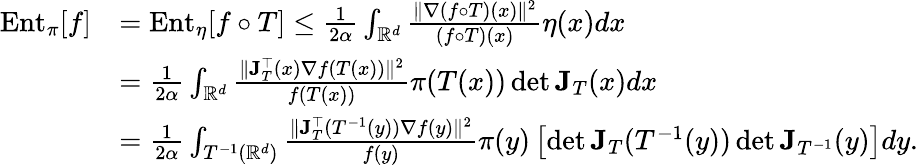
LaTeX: \begin{array}{rl}{\textrm{Ent}_{\pi}[f]}&{=\textrm{Ent}_{\eta}[f\circ T]\leq\frac{1}{2\alpha}\int_{\mathbb{R}^{d}}\frac{\| \nabla\left(f\circ T\right)(x)\| ^{2}}{\left(f\circ T\right)(x)}\eta(x)dx}\\ &{=\frac{1}{2\alpha}\int_{\mathbb{R}^{d}}\frac{\| \mathbf{J}_{T}^{\top}(x)\nabla f(T(x))\| ^{2}}{f(T(x))}\pi(T(x))\operatorname*{det}\mathbf{J}_{T}(x)dx}\\ &{=\frac{1}{2\alpha}\int_{T^{-1}(\mathbb{R}^{d})}\frac{\| \mathbf{J}_{T}^{\top}(T^{-1}(y))\nabla f(y)\| ^{2}}{f(y)}\pi(y)\left[\operatorname*{det}\mathbf{J}_{T}(T^{-1}(y))\operatorname*{det}\mathbf{J}_{T^{-1}}(y)\right]dy.}\end{array}